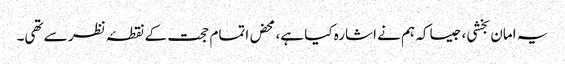
یہ امان بخشی، جیسا کہ ہم نے اشارہ کیا ہے، محض اتمام حجت کے نقطۂ نظر سے تھی۔